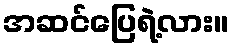
အဆင်ပြေရဲ့လား။